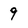
Character: 9